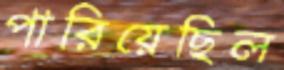
পারিয়েছিল